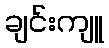
ချင်းကျူ